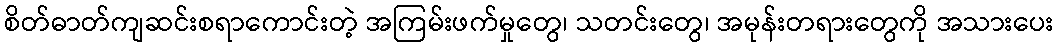
စိတ်ဓာတ်ကျဆင်းစရာကောင်းတဲ့ အကြမ်းဖက်မှုတွေ၊ သတင်းတွေ၊ အမုန်းတရားတွေကို အသားပေး